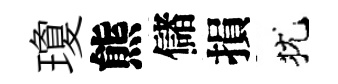
瓊熊儲損犹